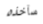
سآخذه